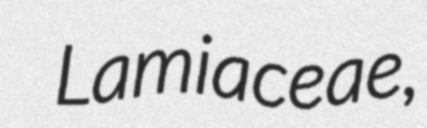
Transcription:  Lamiaceae,